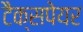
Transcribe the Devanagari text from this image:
टैक्सपेयर